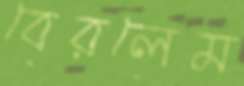
বেরলেম